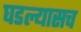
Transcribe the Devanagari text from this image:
घडल्यासच